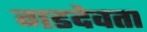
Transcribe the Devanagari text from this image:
गडदेवता